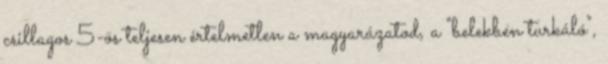
csillagos 5-ös teljesen értelmetlen a magyarázatod, a "belekben turkáló",